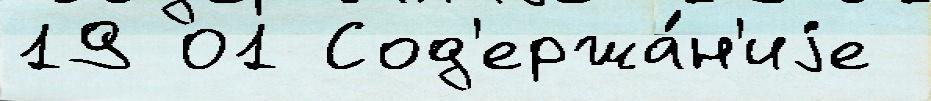
19 01 Сод'ержа́н'иjе